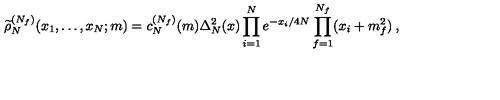
\widetilde \rho _ { N } ^ { ( N _ { f } ) } ( x _ { 1 } , \ldots , x _ { N } ; m ) = c _ { N } ^ { ( N _ { f } ) } ( m ) \Delta _ { N } ^ { 2 } ( x ) \prod _ { i = 1 } ^ { N } e ^ { - x _ { i } / 4 N } \prod _ { f = 1 } ^ { N _ { f } } ( x _ { i } + m _ { f } ^ { 2 } ) \: ,